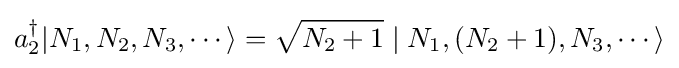
a_{2}^{\dagger }|N_{1},N_{2},N_{3},\cdots \rangle ={\sqrt {N_{2}+1}}\mid N_{1},(N_{2}+1),N_{3},\cdots \rangle